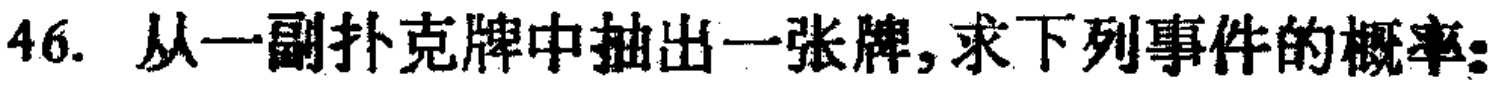
46. 从一副扑克牌中抽出一张牌,求下列事件的概率: